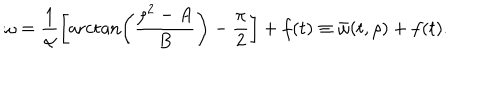
LaTeX: \omega = \frac { 1 } { \alpha } \left[ \operatorname { a r c t a n } \left( \frac { \rho ^ { 2 } - A } { B } \right) - \frac { \pi } { 2 } \right] + f ( t ) \equiv \bar { \omega } ( t , \rho ) + f ( t ) .